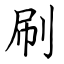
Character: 刷